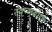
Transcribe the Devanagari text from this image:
स्वप्नबोधी